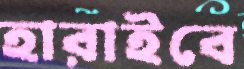
হারাইবে